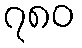
၇၈၀